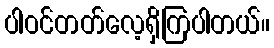
ပါဝင်တတ်လေ့ရှိကြပါတယ်။